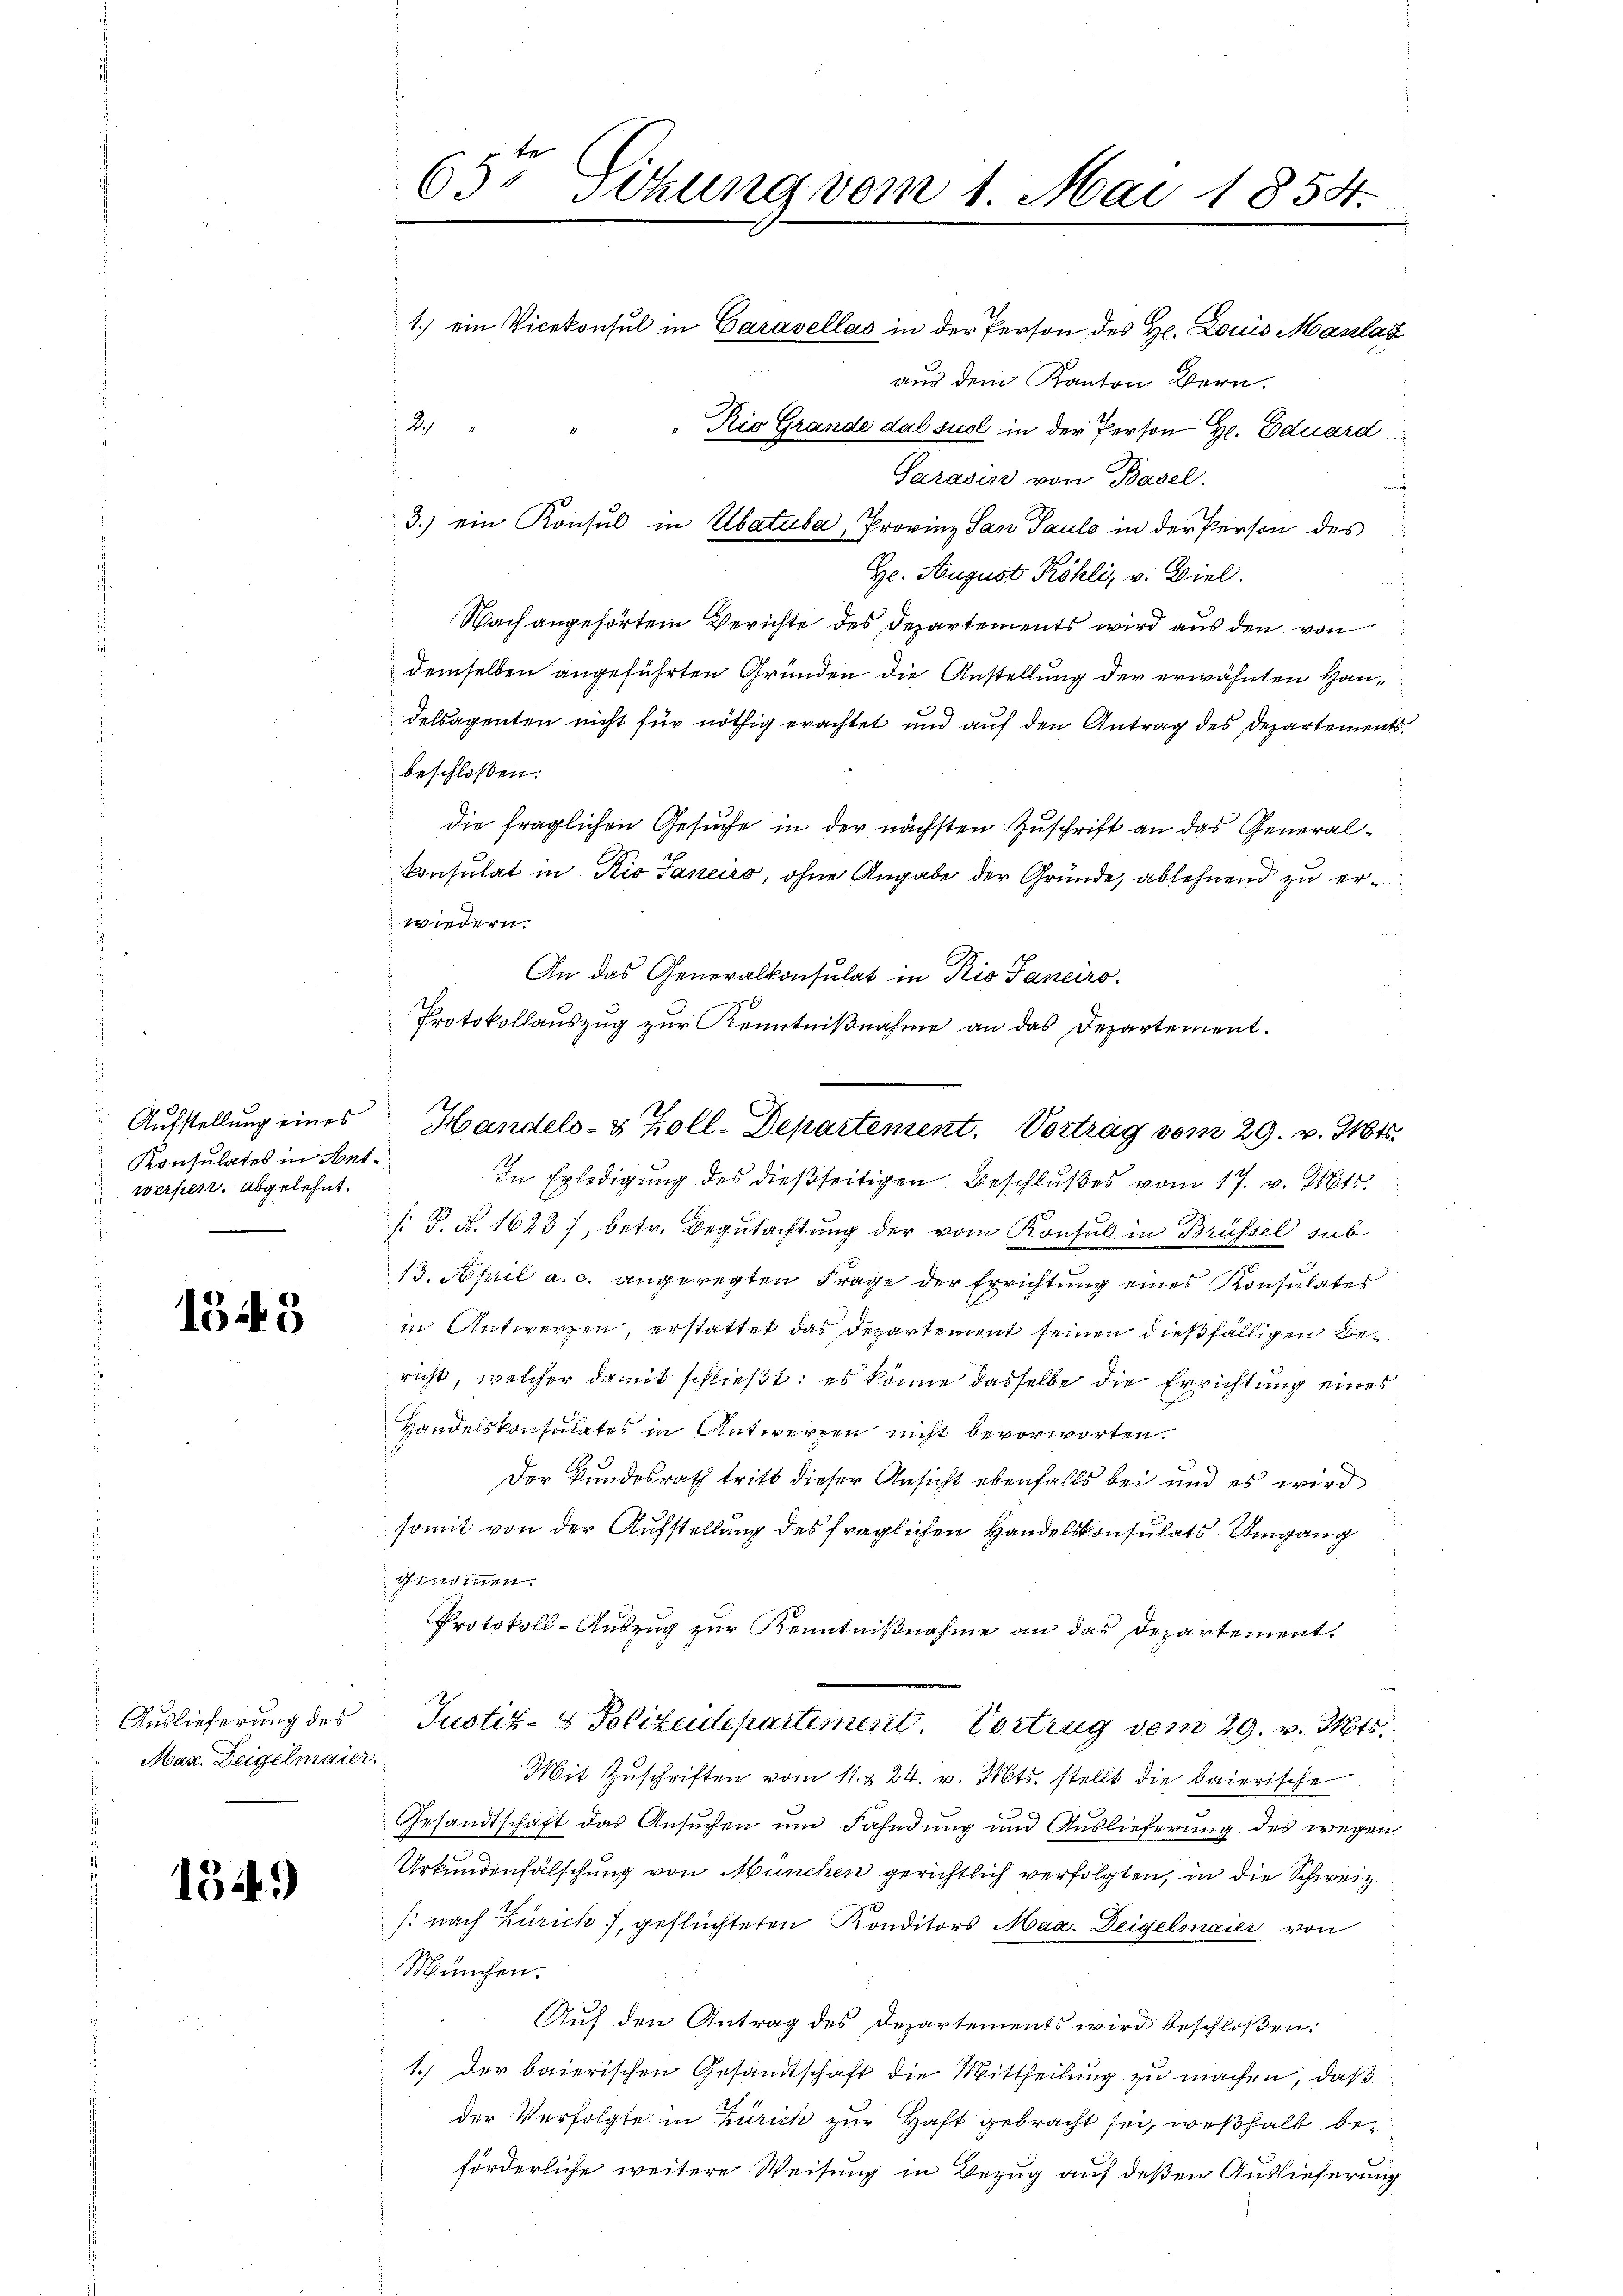
Konsulates in Antwerfert. abgelehnt.

1345

Auslieferung des
Mar. Deigelmaier.

154)

65. Sitzung vom 1. Mai 1854.
1.) ein Vicekonsul in Caravellas in der Person des H. Louis Maslaz
aus dem Kanton Bern.
2
Rio Grande dal suel in der Person H. Eduard
Sarasin von Basel.
m

3.) ein Konsul in Abatula, Provinz San Pauls in der Person des
Hr. August Köhli, v. Viel.
Nach angehörtem Berichte des Departements wird aus den von
demselben angeführten Gründen die Anstellung der erwähnten Haudelsagenten nicht für nöthig erachtet und auf den Antrag des Departements
beschloßen:
die fraglichen Gesuche in der nächsten Zuschrift an das Generalkonsulat in Rio Janeiro, ohne Angabe der Gründe, ablehnend zu erwiedern.
An das Generalkonsulat in Rio Sanciro
Protokollauszug zur Kenntnißnahme an das Departement.
In Erledigung des dießseitigen Beschlußes vom 17. v. Mts.
[ P. N. 1623, betr. Begutachtung der vom Konsul in Brüssel sub
13. April a. c. angeregten Frage der Errichtung eines Konsulates
in Antwerzen, erstattet das Departement seinen dießfälligen Bericht, welcher damit schließt: es könne dasselbe die Errichtung eines
Handelskonsulates in Antworfen nicht bevorworten.
Der Bundesrath tritt dieser Ansicht ebenfalls bei und es wird
somit von der Aufstellung des fraglichen Handelskonsulats Umgang
1
Protokoll-Auszug zur Kenntnißnahme an das Departement
Justiz- & Polizeidepartement. Vortrug vom 29. v. Mts.
Mit Zuschriften vom 11. § 24. v. Mts. stellt die baierische
Gesandtschaft das Ansuchen um Fahndung und Auslieferung des wegen
Urkundenfälschung von München gerichtlich verfolgten, in die Schweiz
: nach Zürich, geflüchteten Konditors Mag. Deigelmaier von
München.
Auf den Antrag des Departements wird beschloßen:
1.) Der baierischen Gesandtschaft die Mittheilung zu machen, daß
der Verfolgte in Zürich zur Haft gebracht sei, weßhalb beförderliche weitere Weisung in Bezug auf deßen Auslieferung

Aufstellung eines Handels- & Zoll-Departement. Vortrag vom 29. v. Mts.